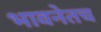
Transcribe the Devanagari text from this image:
भावनेतच